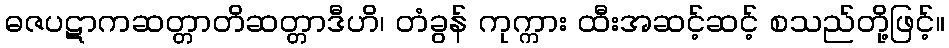
ဓဇပဋာကဆတ္တာတိဆတ္တာဒီဟိ၊ တံခွန် ကုက္ကား ထီးအဆင့်ဆင့် စသည်တို့ဖြင့်။